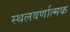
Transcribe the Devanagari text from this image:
स्थलवर्णात्मक